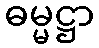
ဓမ္မဋ္ဌာ